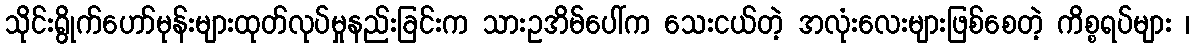
သိုင်းရွိုက်ဟော်မုန်းများထုတ်လုပ်မှုနည်းခြင်းက သားဥအိမ်ပေါ်က သေးငယ်တဲ့ အလုံးလေးများဖြစ်စေတဲ့ ကိစ္စရပ်များ ၊